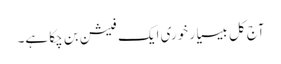
آج کل بیسیا ر خوری ایک فیشن بن چکا ہے۔